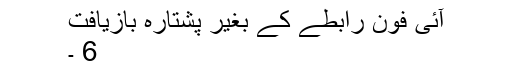
آئی فون رابطے کے بغیر پشتارہ بازیافت
6 ۔